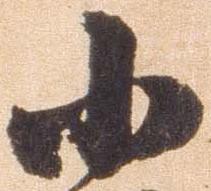
小